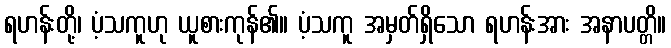
ရဟန်းတို့၊ ပံ့သကူဟု ယူစားကုန်၏။ ပံ့သကူ အမှတ်ရှိသော ရဟန်းအား အနာပတ္တိ။